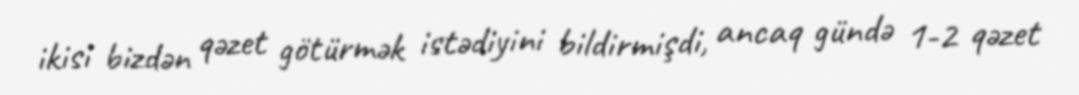
ikisi bizdən qəzet götürmək istədiyini bildirmişdi, ancaq gündə 1-2 qəzet